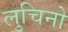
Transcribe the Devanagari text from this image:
लुचिनो